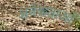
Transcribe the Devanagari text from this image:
अनेकताओं